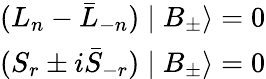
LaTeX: \begin{array}{l}{{(L_{n}-\bar{L}_{-n})\mid B_{\pm}\rangle=0}}\\ {{(S_{r}\pm i\bar{S}_{-r})\mid B_{\pm}\rangle=0}}\end{array}